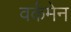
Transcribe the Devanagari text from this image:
वर्कमेन